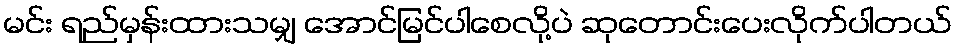
မင်း ရည်မှန်းထားသမျှ အောင်မြင်ပါစေလို့ပဲ ဆုတောင်းပေးလိုက်ပါတယ်